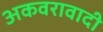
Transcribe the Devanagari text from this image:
अकवरावादी